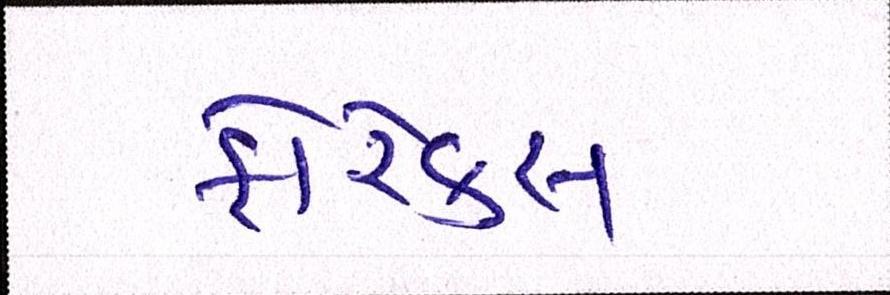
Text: ફોરેક્સ